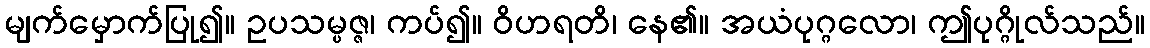
မျက်မှောက်ပြု၍။ ဥပသမ္ပဇ္ဇ၊ ကပ်၍။ ဝိဟရတိ၊ နေ၏။ အယံပုဂ္ဂလော၊ ဤပုဂ္ဂိုလ်သည်။